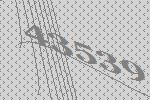
43539